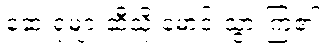
ဆေးရုံများဆီသို့ မောင်းသွားကြ၏။